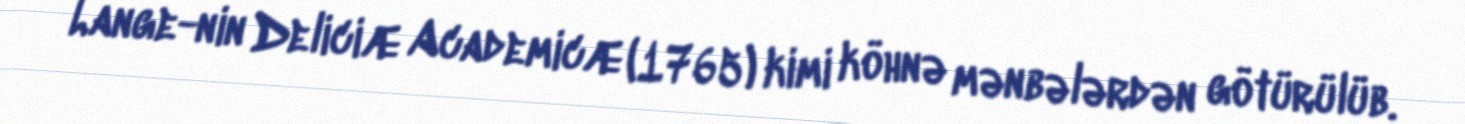
Lange-nin Deliciæ Academicæ (1765) kimi köhnə mənbələrdən götürülüb.